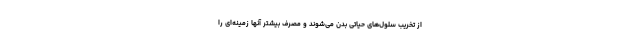
از تخریب سلول‌های حیاتی بدن می‌شوند و مصرف بیشتر آنها زمینه‌ای را